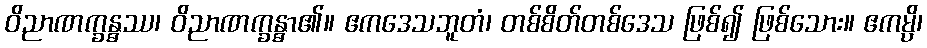
ဝိညာဏက္ခန္ဓဿ၊ ဝိညာဏက္ခန္ဓာ၏။ ဧကဒေသဘူတံ၊ တစ်စိတ်တစ်ဒေသ ဖြစ်၍ ဖြစ်သေား။ ဧကမ္ပိ၊